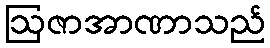
ဩဇာအာဏာသည်